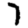
Digit: 7